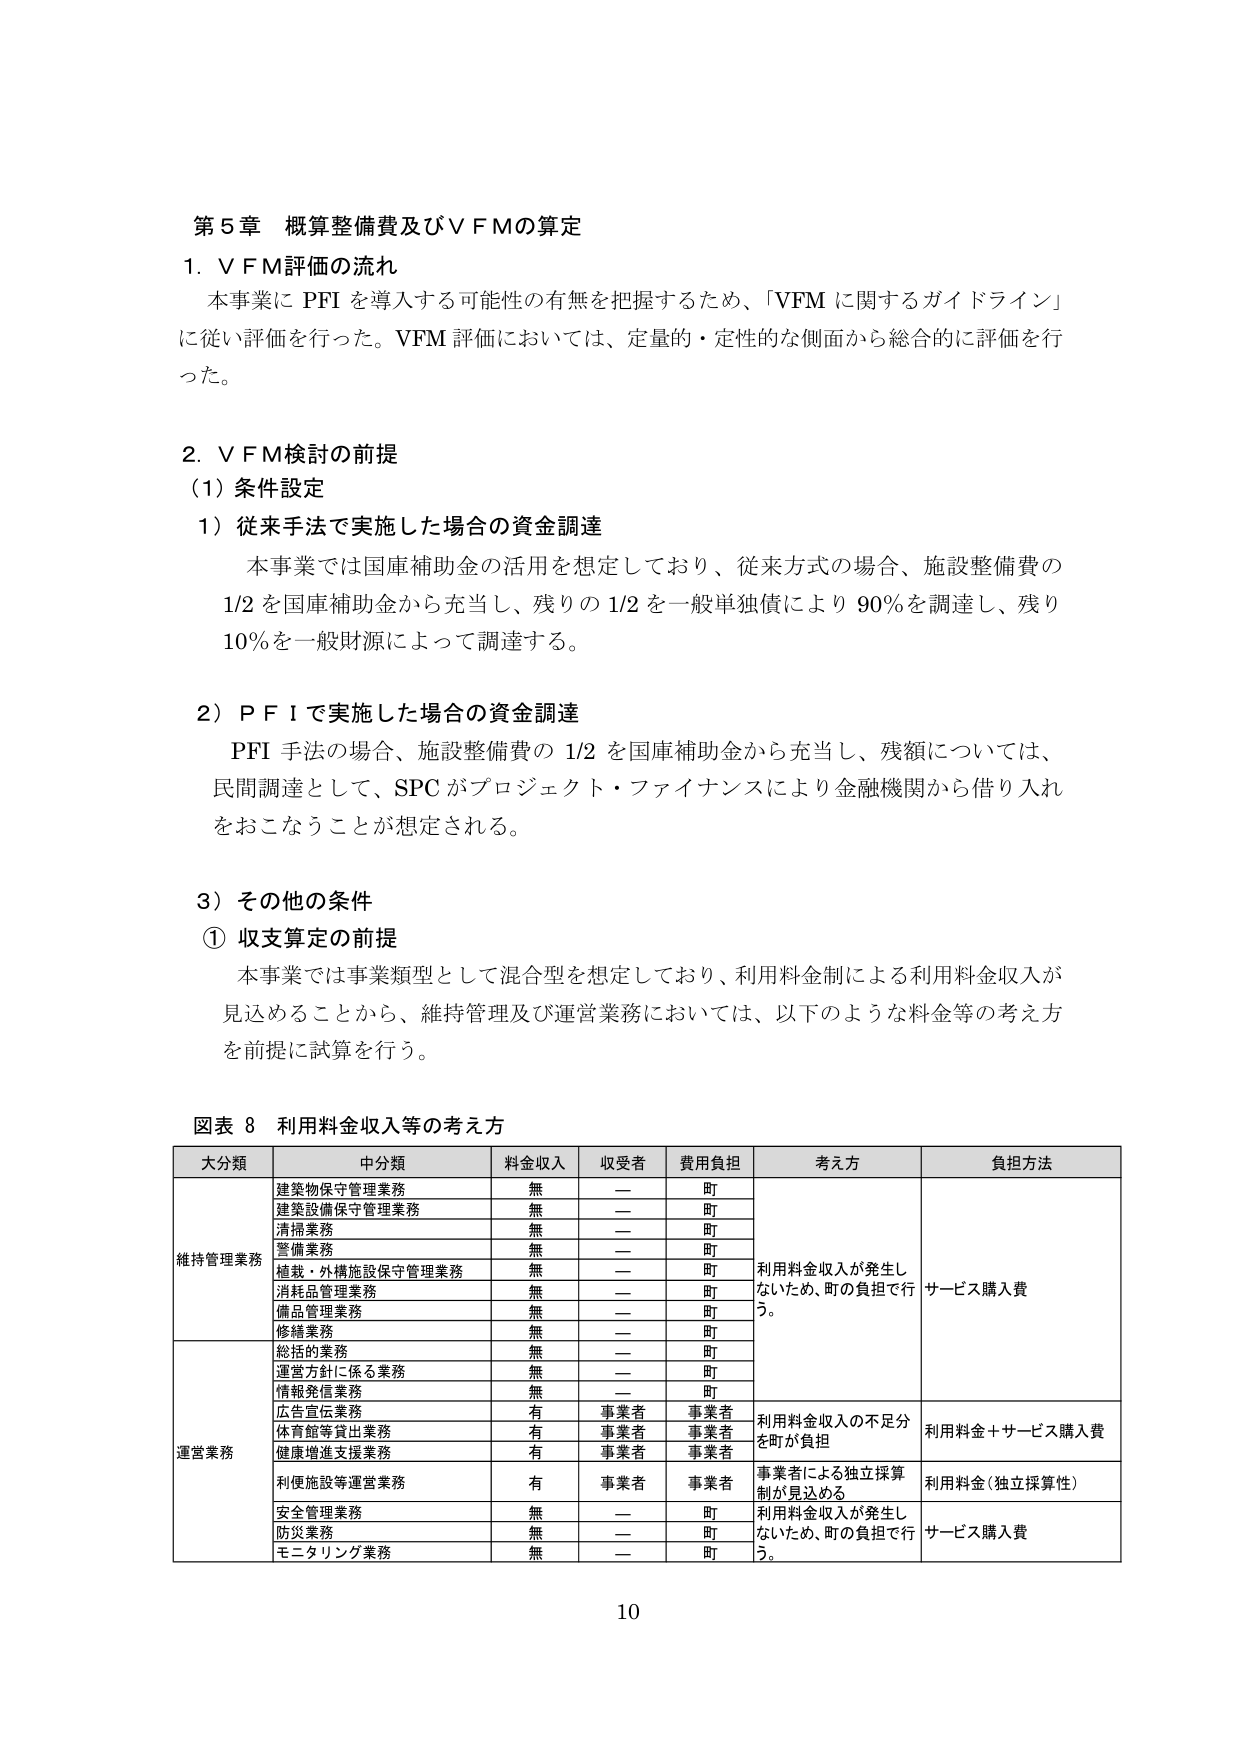
第５章 概算整備費及びＶＦＭの算定

１．ＶＦＭ評価の流れ
本事業にＰＦＩを導入する可能性の有無を把握するため、「ＶＦＭに関するガイドライン」
に従い評価を行った。ＶＦＭ評価においては、定量的・定性的な側面から総合的に評価を行
った。

２．ＶＦＭ検討の前提
（１）条件設定
１）従来手法で実施した場合の資金調達
本事業では国庫補助金の活用を想定しており、従来方式の場合、施設整備費の
1/2 を国庫補助金から充当し、残りの 1/2 を一般単独債により 90％を調達し、残り
10％を一般財源によって調達する。

２）ＰＦＩで実施した場合の資金調達
ＰＦＩ手法の場合、施設整備費の 1/2 を国庫補助金から充当し、残額については、
民間調達として、ＳＰＣがプロジェクト・ファイナンスにより金融機関から借り入れ
をおこなうことが想定される。

３）その他の条件
① 収支算定の前提
本事業では事業類型として混合型を想定しており、利用料金制による利用料金収入が
見込めることから、維持管理及び運営業務においては、以下のような料金等の考え方
を前提に試算を行う。

図表 8 利用料金収入等の考え方

大分類 中分類 料金収入 収受者 費用負担 考え方 負担方法
維持管理業務 建築物保守管理業務 無 — 町 利用料金収入が発生し
ないため、町の負担で行
う。 サービス購入費
建築設備保守管理業務 無 — 町
清掃業務 無 — 町
警備業務 無 — 町
植栽・外構施設保守管理業務 無 — 町
消耗品管理業務 無 — 町
備品管理業務 無 — 町
修繕業務 無 — 町
運営業務 総括的業務 無 — 町 利用料金収入の不足分
を町が負担 利用料金＋サービス購入費
運営方針に係る業務 無 — 町
情報発信業務 無 — 町
広告宣伝業務 有 事業者 事業者
体育館等貸出業務 有 事業者 事業者
健康増進支援業務 有 事業者 事業者
利便施設等運営業務 有 事業者 事業者 事業者による独立採算
制が見込める 利用料金（独立採算性）
安全管理業務 無 — 町 利用料金収入が発生し
ないため、町の負担で行
う。 サービス購入費
防災業務 無 — 町
モニタリング業務 無 — 町

10